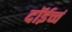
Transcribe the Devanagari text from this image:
दॉईच्चं